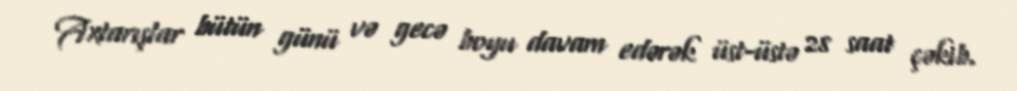
Axtarışlar bütün günü və gecə boyu davam edərək üst-üstə 28 saat çəkib.